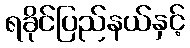
ရခိုင်ပြည်နယ်နှင့်